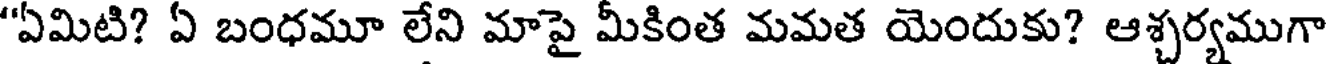
"ఏమిటి? ఏ బంధమూ లేని మాపై మీకింత మమత యెందుకు? ఆశ్చర్యముగా